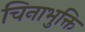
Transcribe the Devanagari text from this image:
चिनाभुक्ति